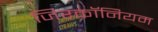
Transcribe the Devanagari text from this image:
जिरकॉनियम